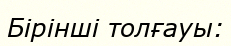
Бірінші толғауы: